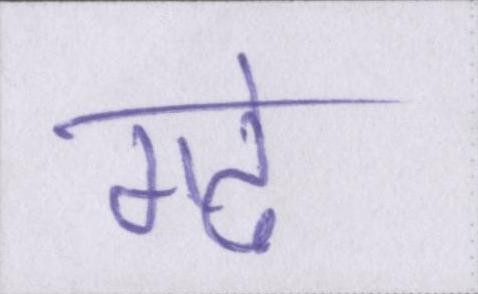
गढे